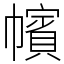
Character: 㡦